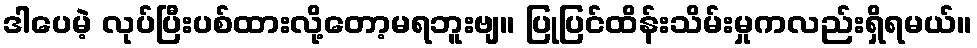
ဒါပေမဲ့ လုပ်ပြီးပစ်ထားလို့တော့မရဘူးဗျ။ ပြုပြင်ထိန်းသိမ်းမှုကလည်းရှိရမယ်။